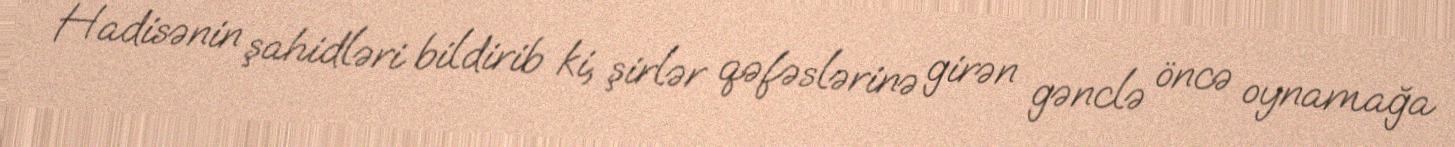
Hadisənin şahidləri bildirib ki, şirlər qəfəslərinə girən gənclə öncə oynamağa